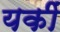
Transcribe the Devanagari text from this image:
यकीं